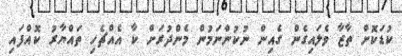
ކުޑަކޮށް ތާޒާ ވެލައިގެން ގެއިން ނުކުންނަމުން މެންދުރަށް ކާ އެއްޗެހި ތައްޔާރު ކޮއްފައި